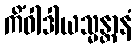
ကိံဝါဒါယသ္မန္တာနံ